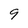
Character: 9